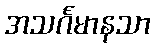
အသင်္ဂမာနသာ